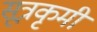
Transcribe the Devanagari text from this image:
सूत्रकृमी